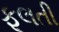
ફૂલતી